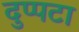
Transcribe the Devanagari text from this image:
दुप्पटा